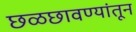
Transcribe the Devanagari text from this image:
छळछावण्यांतून